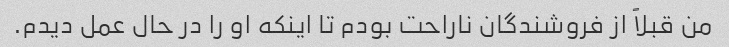
من قبلاً از فروشندگان ناراحت بودم تا اینکه او را در حال عمل دیدم.